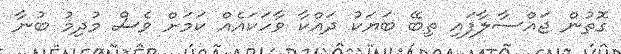
ގޮތުން ޖައްސާލާފައި ތިބޭ ބަޔަކު ދައްކާ ވާހަކައެއް ކަމަށް ވެސް މުދިމު ބުނާ